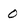
Character: 0